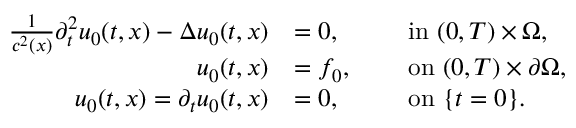
\begin{array} { r l r l } { \frac { 1 } { c ^ { 2 } ( x ) } \partial _ { t } ^ { 2 } u _ { 0 } ( t , x ) - \Delta u _ { 0 } ( t , x ) } & { = 0 , } & { \ } & { \mathrm { i n ~ } ( 0 , T ) \times \Omega , } \\ { u _ { 0 } ( t , x ) } & { = f _ { 0 } , } & { \ } & { \mathrm { o n ~ } ( 0 , T ) \times \partial \Omega , } \\ { u _ { 0 } ( t , x ) = { \partial _ { t } u _ { 0 } ( t , x ) } } & { = 0 , } & { \ } & { \mathrm { o n ~ } \{ t = 0 \} . } \end{array}